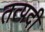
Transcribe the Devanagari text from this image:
तत्पदी